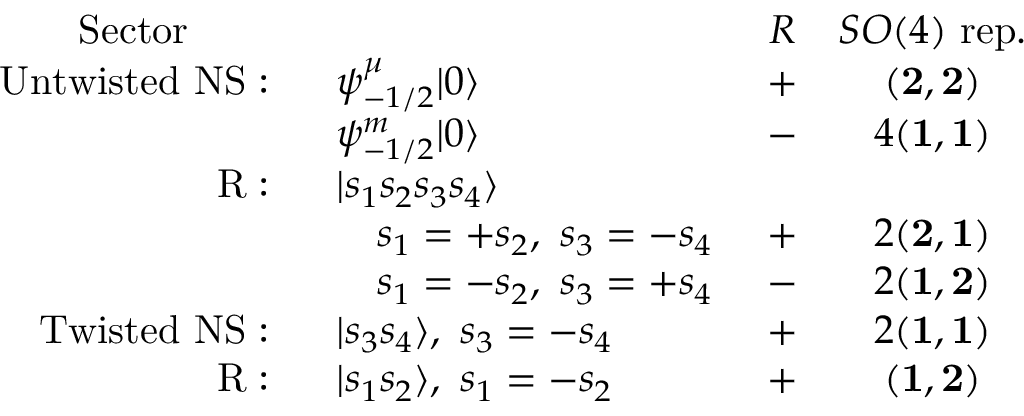
\begin{array} { r l c c } { { \mathrm { S e c t o r ~ \qquad ~ } } } & { { } } & { { R } } & { { S O ( 4 ) \mathrm { ~ r e p . } } } \\ { { \mathrm { U n t w i s t e d ~ N S : \ \ } } } & { { \psi _ { - 1 / 2 } ^ { \mu } | 0 \rangle } } & { { + } } & { { ( { \bf 2 } , { \bf 2 } ) } } \\ { { } } & { { \psi _ { - 1 / 2 } ^ { m } | 0 \rangle } } & { { - } } & { { 4 ( { \bf 1 } , { \bf 1 } ) } } \\ { { \mathrm { R : \ \ } } } & { { | s _ { 1 } s _ { 2 } s _ { 3 } s _ { 4 } \rangle } } & { { } } & { { } } \\ { { } } & { { \quad s _ { 1 } = + s _ { 2 } , \ s _ { 3 } = - s _ { 4 } \ } } & { { + } } & { { 2 ( { \bf 2 } , { \bf 1 } ) } } \\ { { } } & { { \quad s _ { 1 } = - s _ { 2 } , \ s _ { 3 } = + s _ { 4 } \ } } & { { - } } & { { 2 ( { \bf 1 } , { \bf 2 } ) } } \\ { { \mathrm { T w i s t e d ~ N S : \ \ } } } & { { | s _ { 3 } s _ { 4 } \rangle , \ s _ { 3 } = - s _ { 4 } } } & { { + } } & { { 2 ( { \bf 1 } , { \bf 1 } ) } } \\ { { \mathrm { R : \ \ } } } & { { | s _ { 1 } s _ { 2 } \rangle , \ s _ { 1 } = - s _ { 2 } } } & { { + } } & { { ( { \bf 1 } , { \bf 2 } ) } } \end{array}